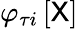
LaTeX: \varphi_{\tau i}\left[\mathsf{X}\right]